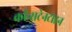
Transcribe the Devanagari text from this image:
कॉन्सटेनटाइन